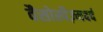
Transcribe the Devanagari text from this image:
वैसोस्पैज़्मदर्द